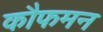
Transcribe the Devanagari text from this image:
कौफमन